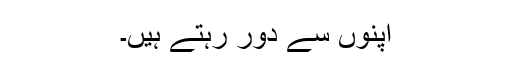
اپنوں سے دور رہتے ہیں۔